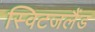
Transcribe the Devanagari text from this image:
स्विटजलैंड